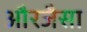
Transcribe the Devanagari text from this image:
औरजैसा